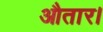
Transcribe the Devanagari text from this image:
औतार।